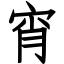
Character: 宵